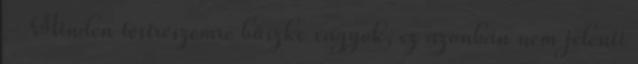
- Minden testrészemre büszke vagyok, ez azonban nem jelenti